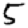
Digit: 5